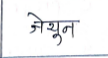
मजकूर: जेथून